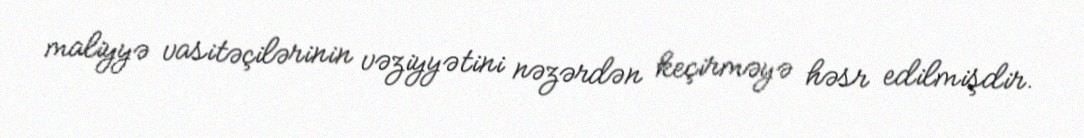
maliyyə vasitəçilərinin vəziyyətini nəzərdən keçirməyə həsr edilmişdir.